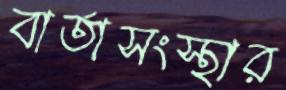
বার্তাসংস্থার